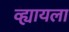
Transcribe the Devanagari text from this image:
व्ह्यायला